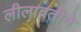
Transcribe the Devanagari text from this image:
लीलावतीने